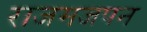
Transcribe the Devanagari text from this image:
राजमजपन